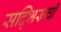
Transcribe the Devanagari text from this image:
सद्भिरूची